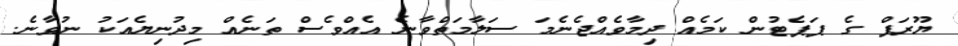
ޔޫރަޕް ގެ ޕަޕެޓުން ކަމެއް ދިމާވެއްޖެނެމަ ސަލާމަތްވާނެ އެއްވެސް ތަނެއް މިދުނިޔެއަކު ނުވާނެ.